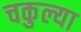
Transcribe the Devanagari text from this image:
चकुल्या